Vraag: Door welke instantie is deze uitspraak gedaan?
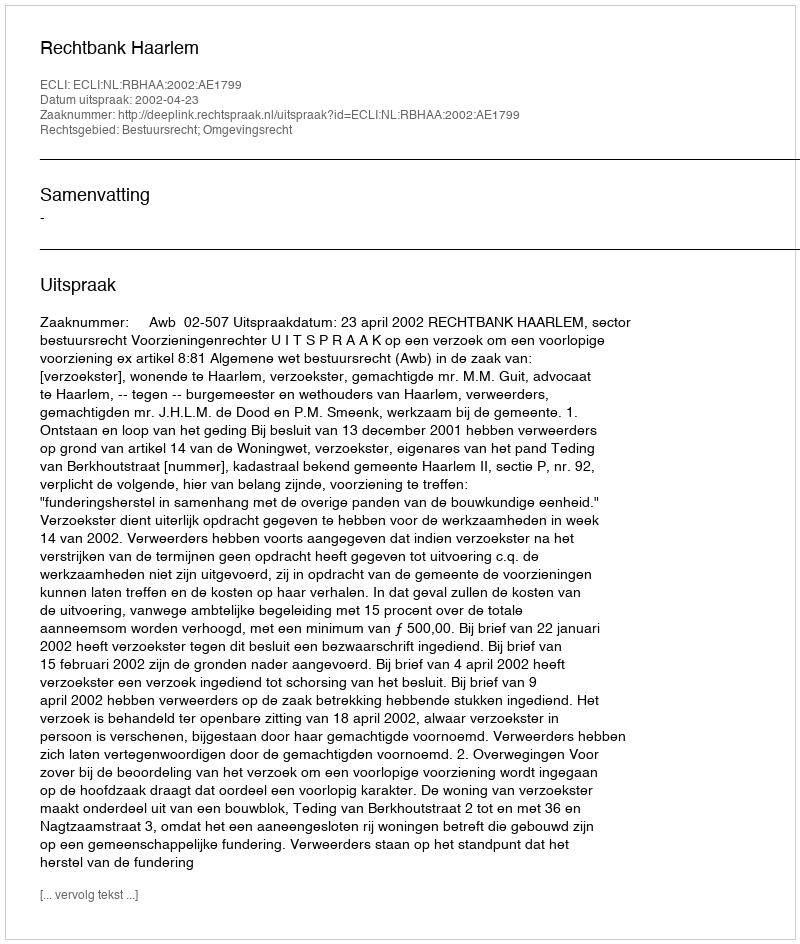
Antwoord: Rechtbank Haarlem